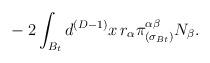
LaTeX: \begin{align*} ~~~~~~~~~~~~~~~-2 \int_{B_t} d^{(D-1)}x\, r_\alpha\pi^{\alpha\beta}_{(\sigma_{Bt})} N_\beta.\end{align*}